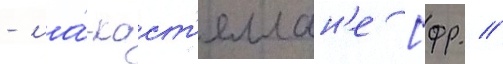
- ла́-каст'еллан'е [фр. //